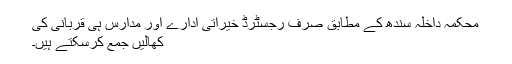
محکمہ داخلہ سندھ کے مطابق صرف رجسٹرڈ خیراتی ادارے اور مدارس ہی قربانی کی
کھالیں جمع کرسکتے ہیں۔